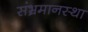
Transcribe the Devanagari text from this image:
संभ्रमानस्था